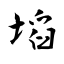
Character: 塪